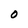
Character: O